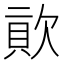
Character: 𣣬